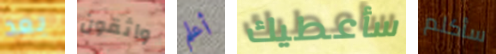
بعد واثقون أعلم سأعطيك سأكلم